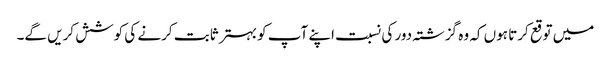
میں توقع کرتا ہوں کہ وہ گزشتہ دور کی نسبت اپنے آپ کو بہتر ثابت کرنے کی کوشش کریں گے۔